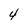
Character: 4